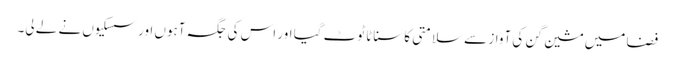
فضا میں مشین گن کی آواز سے سلامتی کا سناٹا ٹوٹ گیا اور اس کی جگہ آہوں اور سسکیوں نے لے لی۔